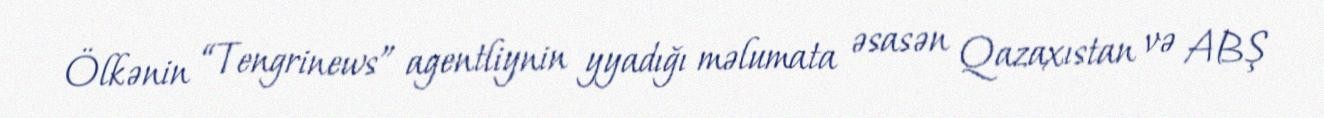
Ölkənin “Tengrinews” agentliynin yyadığı məlumata əsasən Qazaxıstan və ABŞ